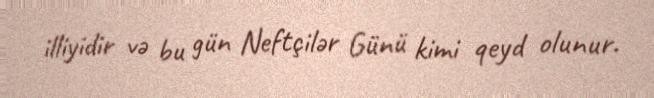
illiyidir və bu gün Neftçilər Günü kimi qeyd olunur.